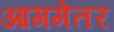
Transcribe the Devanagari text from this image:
आगमेतर